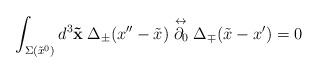
LaTeX: \begin{align*}\int_{\Sigma(\tilde{x}^0)} d^3 {\bf \tilde{x}} \hspace{0.25em}\Delta_{\pm}(x''-\tilde{x}) \stackrel{\leftrightarrow}{\partial_0}\Delta_{\mp}(\tilde{x}-x') =0\end{align*}